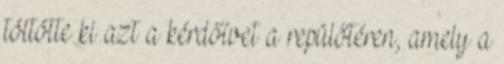
töltötte ki azt a kérdőívet a repülőtéren, amely a